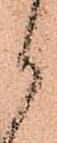
御